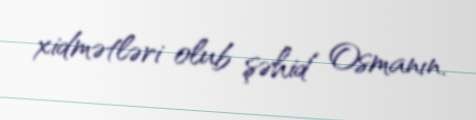
xidmətləri olub şəhid Osmanın.